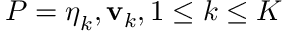
P = \boldsymbol \eta _ { k } , { \mathbf v } _ { k } , 1 \le k \le K